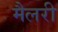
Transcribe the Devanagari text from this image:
मैलरी